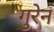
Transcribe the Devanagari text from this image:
गुरेन